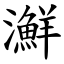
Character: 㶍